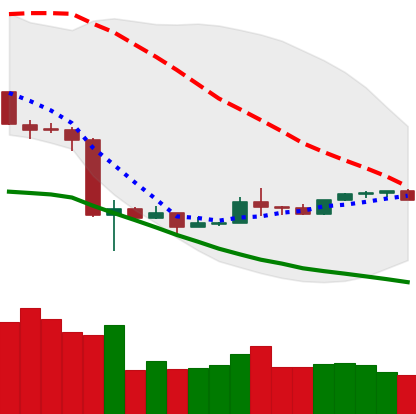
Ticker: NEO-USD
Chart end date: 2020-03-27
Forward return: 3.121%
Label: up_3_5